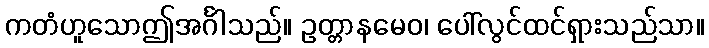
ကတံဟူသောဤအင်္ဂါသည်။ ဥတ္တာနမေဝ၊ ပေါ်လွင်ထင်ရှားသည်သာ။